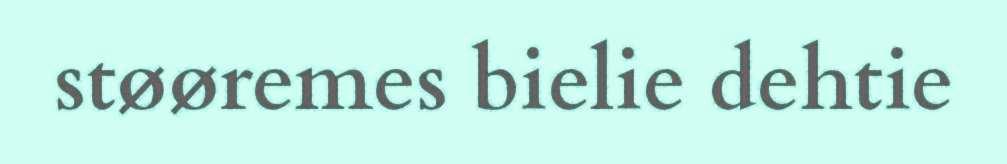
støøremes bielie dehtie